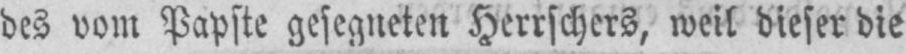
des vom Papste gesegneten Herrschers, weil dieser die